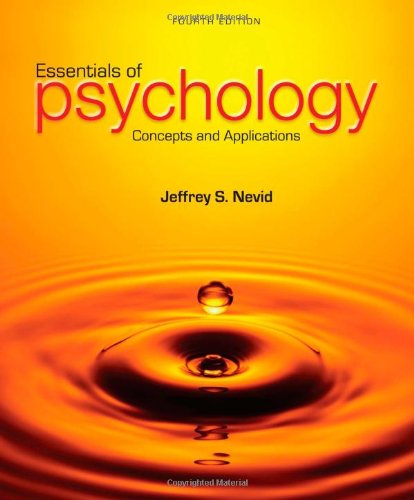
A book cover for Essentials of Psychology: Concepts and Applications; Jeffrey S. Nevid; Medical Books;